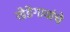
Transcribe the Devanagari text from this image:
खेडेगावांचे